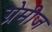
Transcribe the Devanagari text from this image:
ग्रेमीज